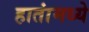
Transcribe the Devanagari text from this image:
हातांमध्ये